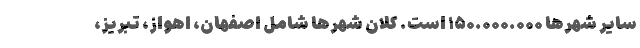
سایر شهر‌ها ۱۵۰.۰۰۰.۰۰۰ است. کلان شهر‌ها شامل اصفهان، اهواز، تبریز،